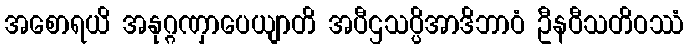
အစောရယိ အနုဂ္ဂဏှာပေယျာတိ အပီဌသပ္ပိအာဒိဘာဝံ ဦနဝီသတိဝဿံ